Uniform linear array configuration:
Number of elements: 64
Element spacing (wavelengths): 0.75
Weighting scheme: cosine
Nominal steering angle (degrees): -15
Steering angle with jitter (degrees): -14.113
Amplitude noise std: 0.05
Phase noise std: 0.05

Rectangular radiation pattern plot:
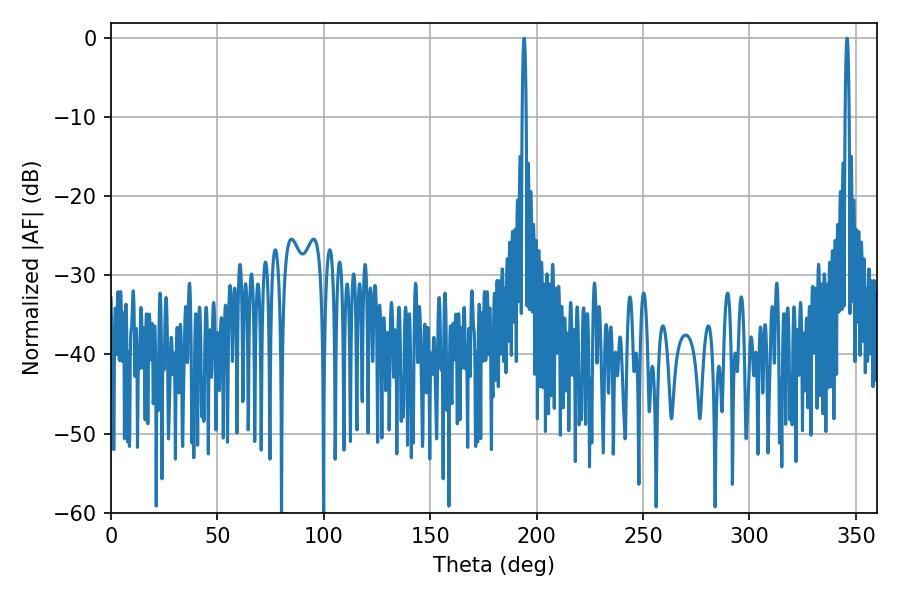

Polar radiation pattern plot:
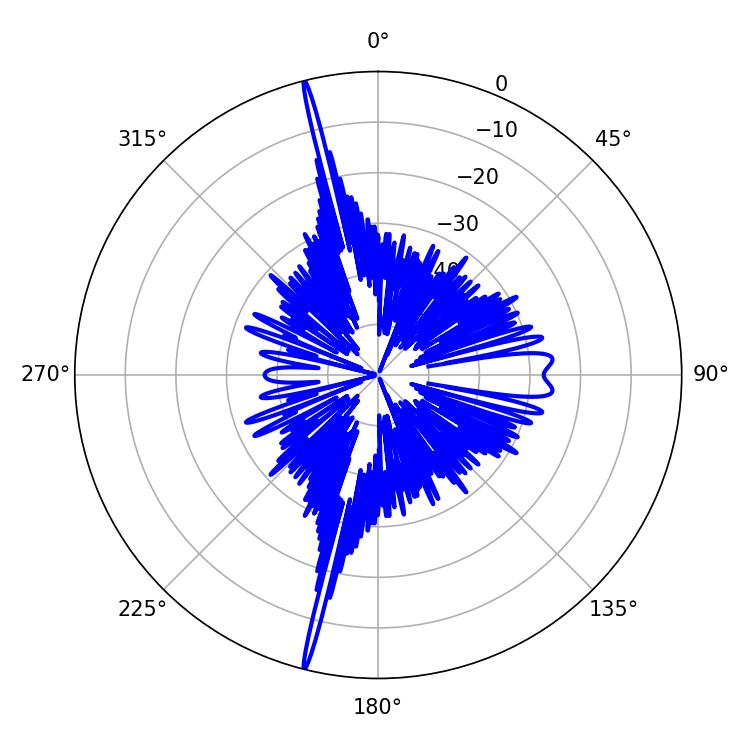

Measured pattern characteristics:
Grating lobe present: TRUE
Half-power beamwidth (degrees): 0.9
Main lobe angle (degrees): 194.04